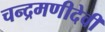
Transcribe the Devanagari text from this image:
चन्द्रमणीदेवी